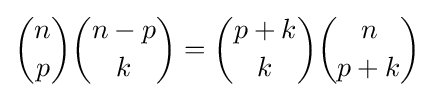
{n \choose p}{{n-p} \choose k}={{p+k} \choose k}{n \choose {p+k}}